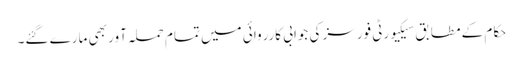
حکام کے مطابق سیکیورٹی فورسز کی جوابی کارروائی میں تمام حملہ آور بھی مارے گئے۔